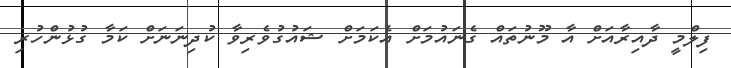
ފިލްމީ ދާއިރާއަށް އާ މޫނުތައް ގެނައުމަށް އެކަމަށް ޝައުގުވެރިވާ ކުދިނަނަށް ކަމާ ގުޅުންހުރި